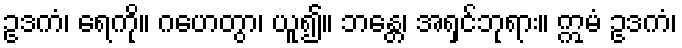
ဥဒကံ၊ ရေကို။ ဂဟေတွာ၊ ယူ၍။ ဘန္တေ၊ အရှင်ဘုရား။ ဣမံ ဥဒကံ၊